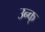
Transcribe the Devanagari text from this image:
उन्क्